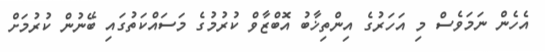
އެހެން ނަމަވެސް މި އަހަރުގެ އިންތިޚާބު އޮބްޒާވް ކުރުމުގެ މަސައްކަތުގައި ބޭނުން ކުރުމަށް